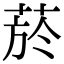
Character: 菸